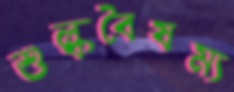
শুল্কবৈষম্য